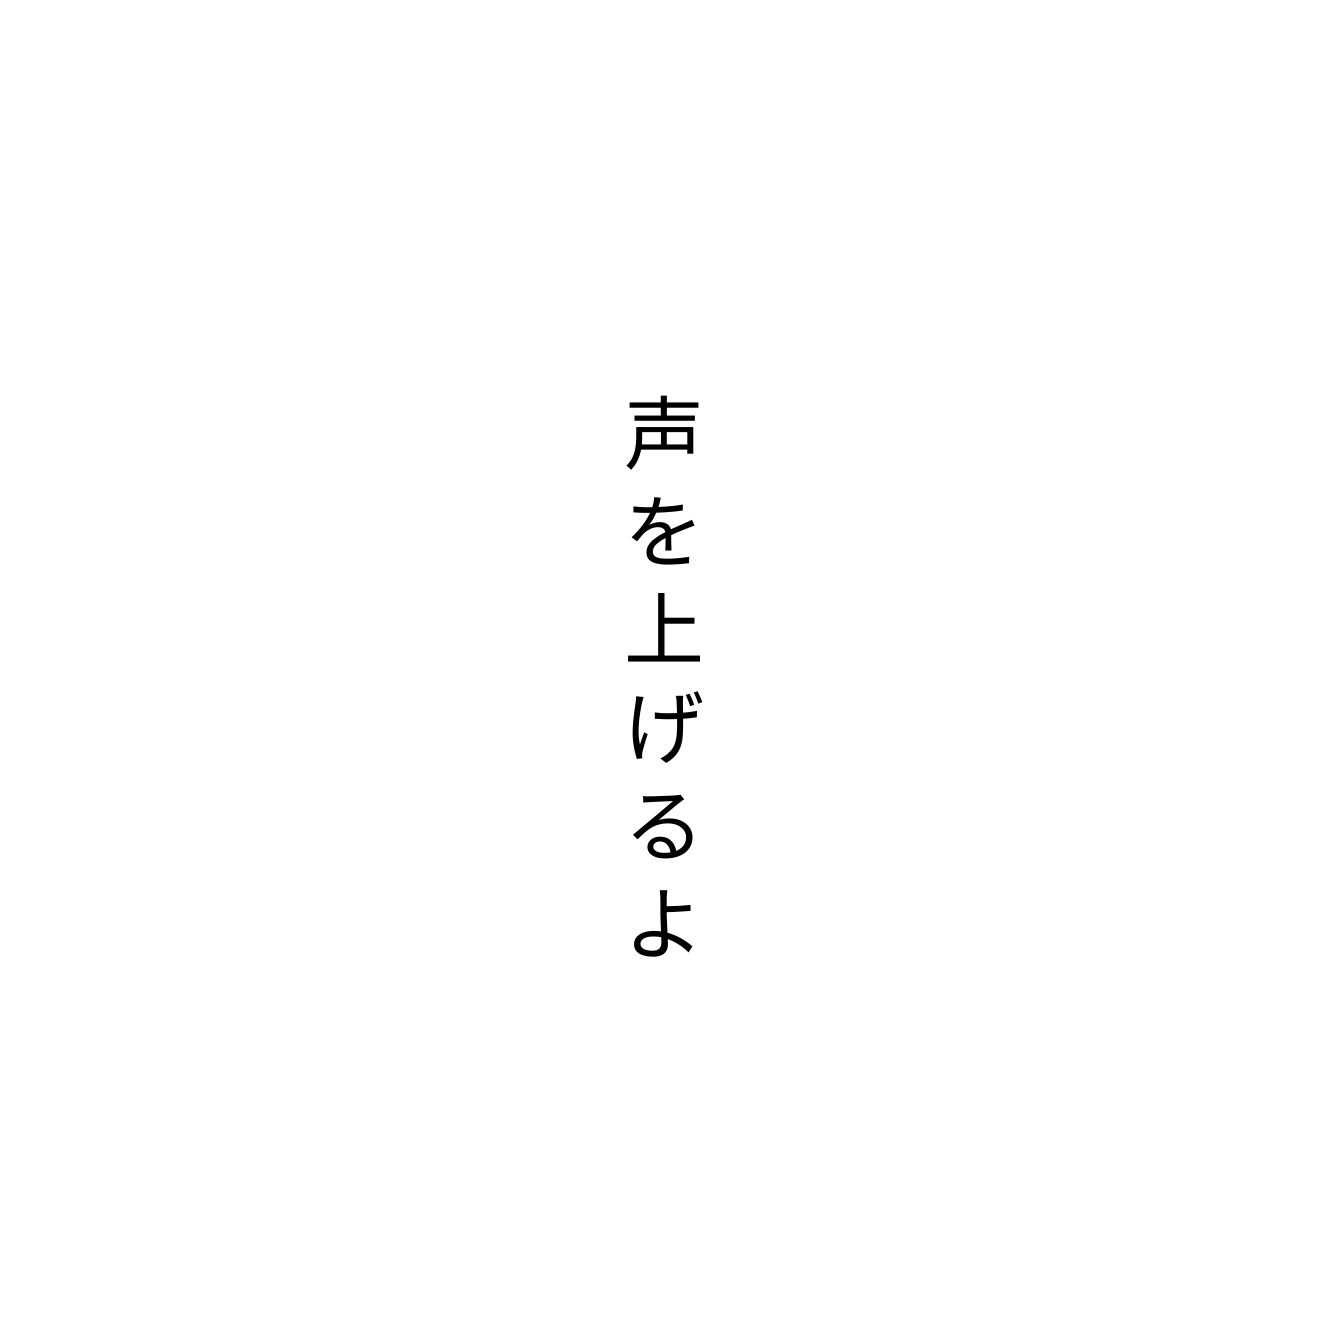
声を上げるよ